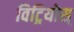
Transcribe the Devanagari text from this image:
विट्रियोस्